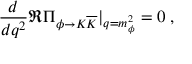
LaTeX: \frac { d } { d q ^ { 2 } } \Re \Pi _ { \phi \to K \overline { { { K } } } } | _ { q = m _ { \phi } ^ { 2 } } = 0 \; ,